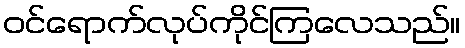
ဝင်ရောက်လုပ်ကိုင်ကြလေသည်။